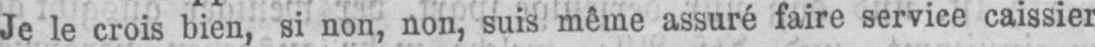
Je le crois bien, si non, non, suis même assuré faire service caissier